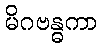
မိဂဗန္ဓကာ